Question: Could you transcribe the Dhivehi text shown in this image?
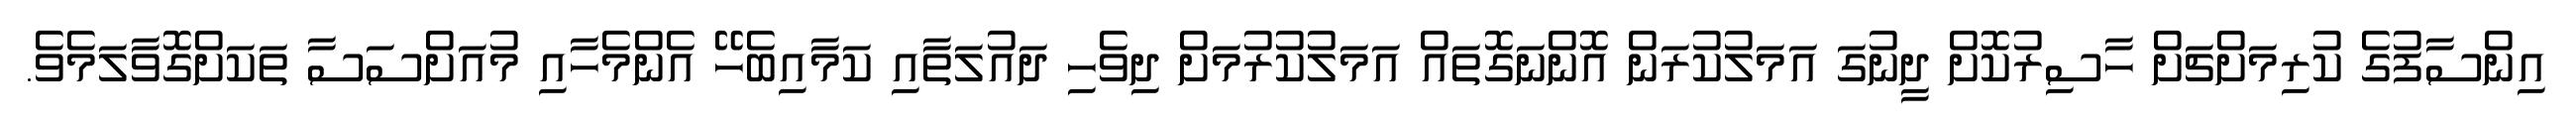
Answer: އިންސާފުގެ ކުރިމަށްޗަށް ހާސިރުކޮށް ދީނުގަ އަމަލުކުރަން އޮންނަގޮތައް އަމަލުކުރުމަށް ދިވެހި ދައުލަތާއި ކަމާއިބެހޭ އެންމެހާއި މުއަށްސަސާ ތަކަށްގޮވާލަމެވެ.